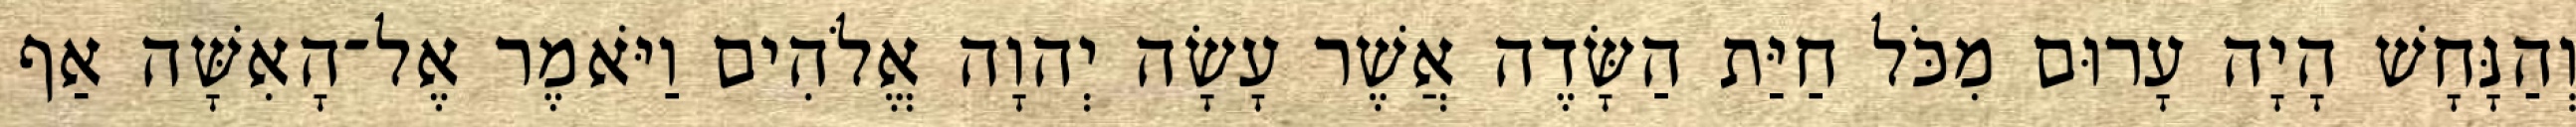
וְהַנָּחָשׁ הָיָה עָרוּם מִכֹּל חַיַּת הַשָּׂדֶה אֲשֶׁר עָשָׂה יְהוָה אֱלֹהִים וַיֹּאמֶר אֶל־הָאִשָּׁה אַף